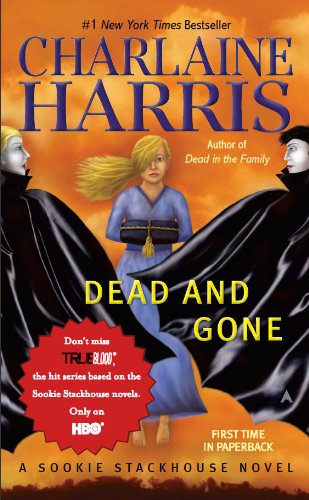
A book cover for Dead And Gone (Sookie Stackhouse/True Blood, Book 9); Charlaine Harris; Mystery, Thriller & Suspense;